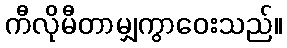
ကီလိုမီတာမျှကွာဝေးသည်။